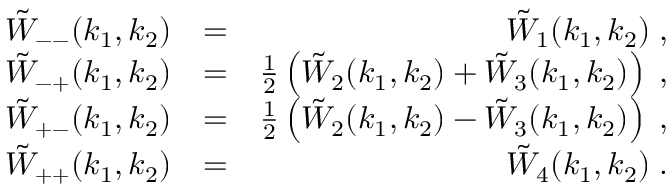
\begin{array} { r l r } { \tilde { W } _ { -- } ( k _ { 1 } , k _ { 2 } ) } & { = } & { \tilde { W } _ { 1 } ( k _ { 1 } , k _ { 2 } ) \; , } \\ { \tilde { W } _ { - + } ( k _ { 1 } , k _ { 2 } ) } & { = } & { \frac { 1 } { 2 } \left( \tilde { W } _ { 2 } ( k _ { 1 } , k _ { 2 } ) + \tilde { W } _ { 3 } ( k _ { 1 } , k _ { 2 } ) \right) \; , } \\ { \tilde { W } _ { + - } ( k _ { 1 } , k _ { 2 } ) } & { = } & { \frac { 1 } { 2 } \left( \tilde { W } _ { 2 } ( k _ { 1 } , k _ { 2 } ) - \tilde { W } _ { 3 } ( k _ { 1 } , k _ { 2 } ) \right) \; , } \\ { \tilde { W } _ { + + } ( k _ { 1 } , k _ { 2 } ) } & { = } & { \tilde { W } _ { 4 } ( k _ { 1 } , k _ { 2 } ) \; . } \end{array}